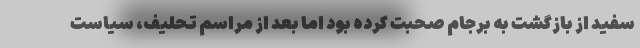
سفید از بازگشت به برجام صحبت کرده‌ بود اما بعد از مراسم تحلیف، سیاست